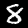
Label: 8